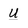
Character: U